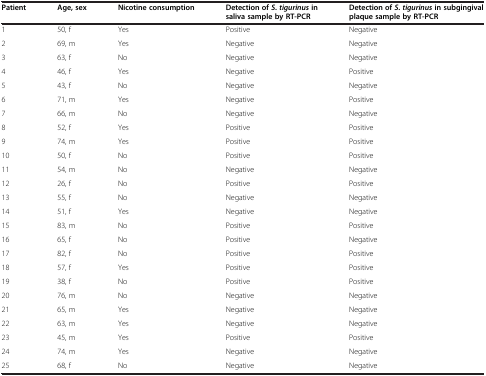
<table><thead><tr><td><b>Patient</b></td><td><b>Age, sex</b></td><td><b>Nicotine consumption</b></td><td><b>Detection of<i>S</i>.<i>tigurinus</i>in saliva sample by RT-PCR</b></td><td><b>Detection of<i>S</i>.<i>tigurinus</i>in subgingival plaque sample by RT-PCR</b></td></tr></thead><tbody><tr><td>1</td><td>50, f</td><td>Yes</td><td>Positive</td><td>Negative</td></tr><tr><td>2</td><td>69, m</td><td>Yes</td><td>Negative</td><td>Negative</td></tr><tr><td>3</td><td>63, f</td><td>No</td><td>Negative</td><td>Negative</td></tr><tr><td>4</td><td>46, f</td><td>Yes</td><td>Negative</td><td>Positive</td></tr><tr><td>5</td><td>43, f</td><td>No</td><td>Negative</td><td>Negative</td></tr><tr><td>6</td><td>71, m</td><td>Yes</td><td>Negative</td><td>Positive</td></tr><tr><td>7</td><td>66, m</td><td>No</td><td>Negative</td><td>Negative</td></tr><tr><td>8</td><td>52, f</td><td>Yes</td><td>Positive</td><td>Positive</td></tr><tr><td>9</td><td>74, m</td><td>Yes</td><td>Positive</td><td>Positive</td></tr><tr><td>10</td><td>50, f</td><td>No</td><td>Positive</td><td>Positive</td></tr><tr><td>11</td><td>54, m</td><td>No</td><td>Negative</td><td>Negative</td></tr><tr><td>12</td><td>26, f</td><td>No</td><td>Positive</td><td>Positive</td></tr><tr><td>13</td><td>55, f</td><td>No</td><td>Negative</td><td>Negative</td></tr><tr><td>14</td><td>51, f</td><td>Yes</td><td>Negative</td><td>Negative</td></tr><tr><td>15</td><td>83, m</td><td>No</td><td>Positive</td><td>Positive</td></tr><tr><td>16</td><td>65, f</td><td>No</td><td>Positive</td><td>Negative</td></tr><tr><td>17</td><td>82, f</td><td>No</td><td>Positive</td><td>Positive</td></tr><tr><td>18</td><td>57, f</td><td>Yes</td><td>Positive</td><td>Positive</td></tr><tr><td>19</td><td>38, f</td><td>No</td><td>Positive</td><td>Positive</td></tr><tr><td>20</td><td>76, m</td><td>No</td><td>Negative</td><td>Negative</td></tr><tr><td>21</td><td>65, m</td><td>Yes</td><td>Negative</td><td>Negative</td></tr><tr><td>22</td><td>63, m</td><td>Yes</td><td>Negative</td><td>Negative</td></tr><tr><td>23</td><td>45, m</td><td>Yes</td><td>Positive</td><td>Positive</td></tr><tr><td>24</td><td>74, m</td><td>Yes</td><td>Negative</td><td>Negative</td></tr><tr><td>25</td><td>68, f</td><td>No</td><td>Negative</td><td>Negative</td></tr></tbody></table>